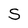
Character: S